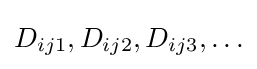
D_{ij1},D_{ij2},D_{ij3},\ldots